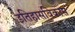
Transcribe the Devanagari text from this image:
इतिहासविकास